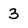
Character: 3